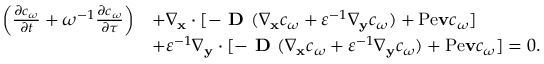
\begin{array} { r l } { \left( \frac { \partial c _ { \omega } } { \partial t } + \omega ^ { - 1 } \frac { \partial c _ { \omega } } { \partial \tau } \right) } & { + \nabla _ { \mathbf x } \cdot [ - \textbf { D } ( \nabla _ { \mathbf x } c _ { \omega } + \varepsilon ^ { - 1 } \nabla _ { \mathbf y } c _ { \omega } ) + \mathrm { P e } \mathbf v c _ { \omega } ] } \\ & { + \varepsilon ^ { - 1 } \nabla _ { \mathbf y } \cdot [ - \textbf { D } ( \nabla _ { \mathbf x } c _ { \omega } + \varepsilon ^ { - 1 } \nabla _ { \mathbf y } c _ { \omega } ) + \mathrm { P e } \mathbf v c _ { \omega } ] = 0 . } \end{array}